Calcutta medical institutions reports 1871-78
Year: 1871
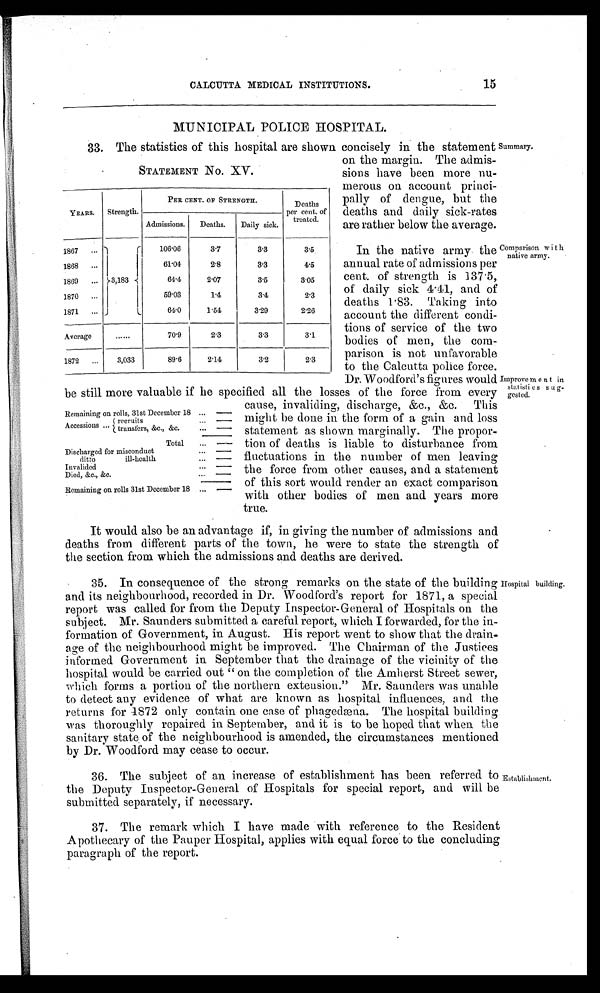
CALCUTTA MEDICAL INSTITUTIONS.
15
MUNICIPAL POLICE HOSPITAL.
33. The statistics of this hospital are shown concisely in the statement Summary.
STATEMENT No. XV.
YEARS.
Strength.
PER CENT. OF STRENGTH.
Deaths
per cent. of
treated.
Admissions.
Deaths.
Daily sick.
1867
1868
1869
1870
1871
3,183
106.06
61.01
64.4
59.03
64.0
3.7
2.8
2.07
1.4
1.54
3.3
3.3
3.5
3.4
3.29
3.5
4.5
3.05
2.3
2.26
Average
......
70.9
2.3
3.3
3.1
1872
3,033
89.6
2.14
3.2
2.3
on the margin. The admis-
sions have been more nu-
merous on account princi-
pally of dengue, but the
deaths and daily sick-rates
are rather below the average.
In the native army the
annual rate of admissions per
cent. of strength is 137.5
of daily sick 4.41, and of
deaths 1.83. Taking into
account the different condi-
tions of service of the two
bodies of men, the com-
prison is not unfavorable
to the Calcutta police force.
Dr. Woodford's figures would
be still more valuable if he specified all the losses of the force from every
Comparison with
native army.
Improvement in
statisties
sug-
gested.
Remaining on rolls, 31st December 18
—
Accessions
recruits
transfers, &c., &c.
--
—
--
Total
---
Discharged for misconduct
ditto
ill-health
Invalided
Died, &c., &c.
---
---
---
Remaining on rolls 31st December 18
—
cause, invaliding, discharge, &c., &c. This
might be done in the form of a gain and loss
statement as shown marginally. The propor-
tion of deaths is liable to disturbance from
fluctuations in the number of men leaving
the force from other causes, and a statement
of this sort would render an exact comparison
with other bodies of men and years more
true.
It would also be an advantage if, in giving the number of admissions and
deaths from different parts of the town, he were to state the strength of
the section from which the admissions and deaths are derived.
35. In consequence of the strong remarks on the state of the building
and its neighbourhood, recorded in Dr. Woodford's report for 1871, a special
report was called for from the Deputy Inspector-General of Hospitals on the
subject. Mr. Saunders submitted a careful report, which I forwarded, for the in-
formation of Government, in August. His report went to show that the drain-
age of the neighbourhood might be improved. The Chairman of the Justices
informed Government in September that the drainage of the vicinity of the
hospital would be carried out "on the completion of the Amherst Street sewer,
which forms a portion of the northern extension." Mr. Saunders was unable
to detect any evidence of what are known as hospital influences, and the
returns for 4872 only contain one case of phagedæna. The hospital building
was thoroughly repaired in September, and it is to be hoped that when the
sanitary state of the neighbourhood is amended, the circumstances mentioned
by Dr. Woodford may cease to occur.
Hospital building.
36. The subject of an increase of establishment has been referred to
the Deputy Inspector-General of Hospitals for special report, and wi l l b e s u b mi t t e d s e p a r a t e l y , i f n e c e s s a r y .
37. The remark which I have made with reference to the Resident
Apothecary of the Pauper Hospital, applies with equal force to the concluding
paragraph of the report.
Establishment.